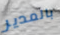
بالمدير